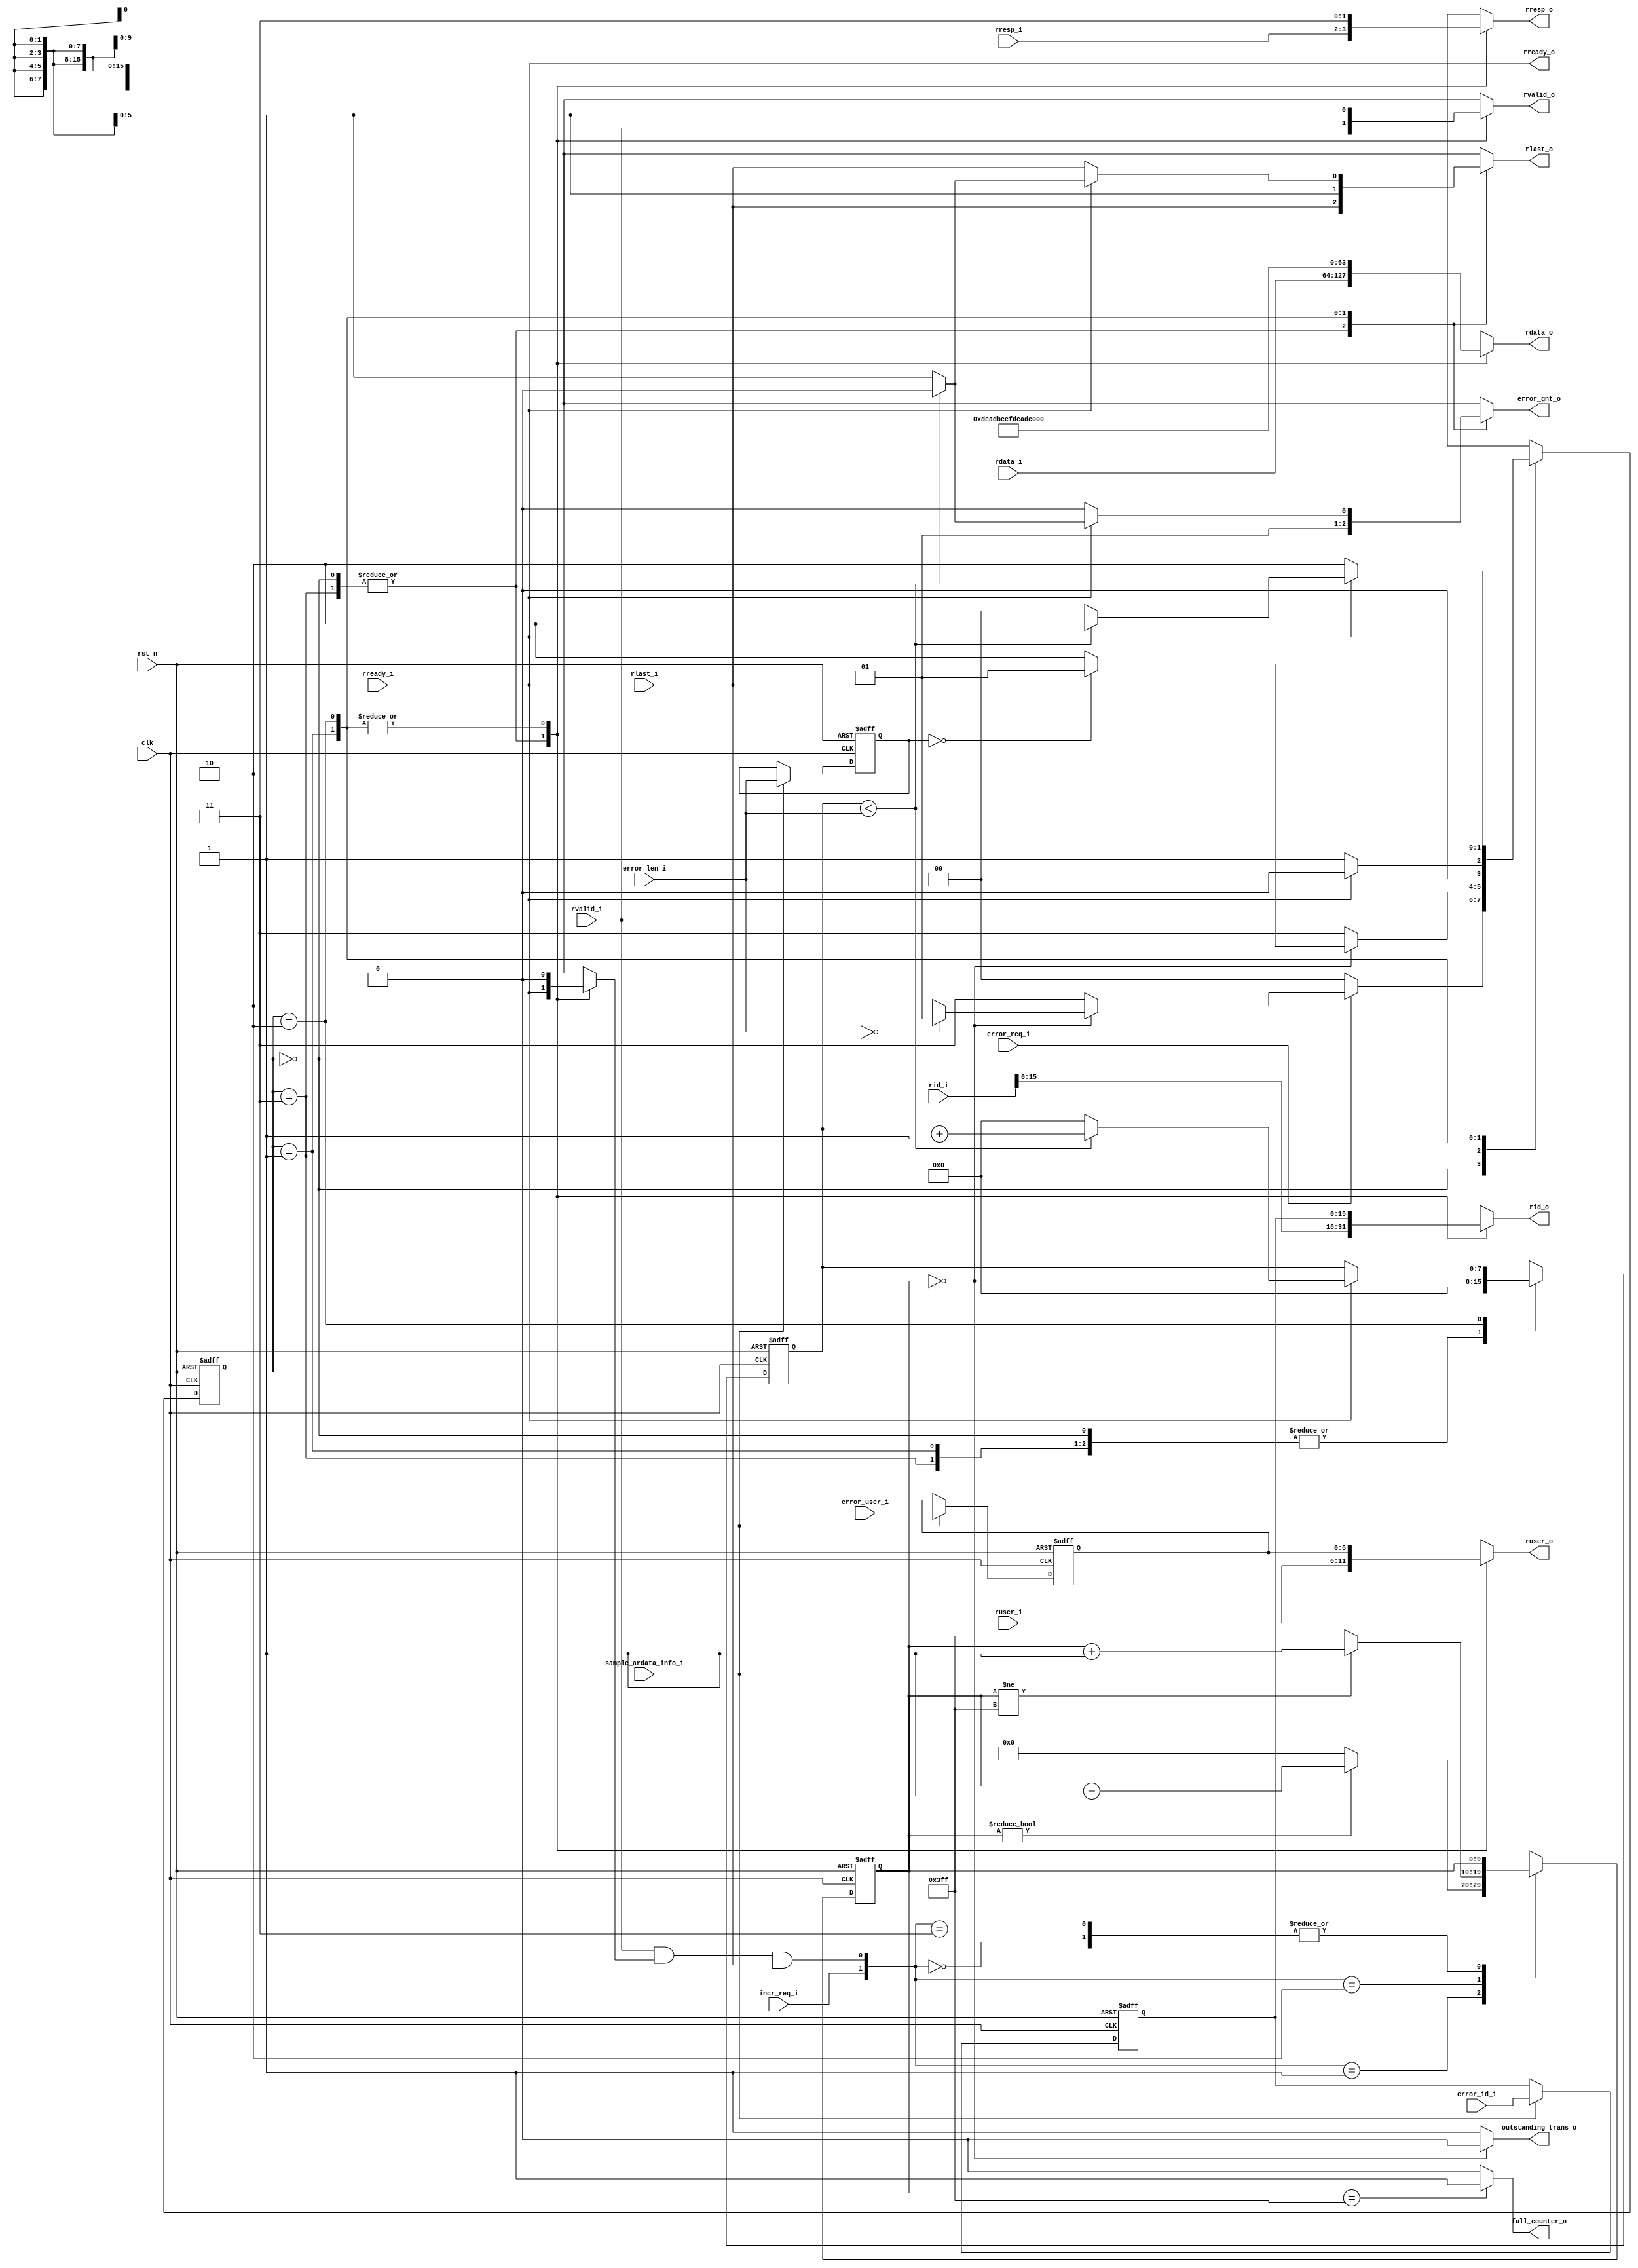
module axi_BR_allocator 
#(
    parameter                   AXI_USER_W     = 6,
    parameter                   N_INIT_PORT    = 1,
    parameter                   N_TARG_PORT    = 7,
    parameter                   AXI_DATA_W     = 64,
    parameter                   AXI_ID_IN      = 16,
    parameter                   LOG_N_TARG     = $clog2(N_TARG_PORT),
    parameter                   LOG_N_INIT     = $clog2(N_INIT_PORT),
    parameter                   AXI_ID_OUT     = AXI_ID_IN + $clog2(N_TARG_PORT)
)
(
	clk,
	rst_n,
	rid_i,
	rdata_i,
	rresp_i,
	rlast_i,
	ruser_i,
	rvalid_i,
	rready_o,
	rid_o,
	rdata_o,
	rresp_o,
	rlast_o,
	ruser_o,
	rvalid_o,
	rready_i,
	incr_req_i,
	full_counter_o,
	outstanding_trans_o,
	error_req_i,
	error_gnt_o,
	error_len_i,
	error_user_i,
	error_id_i,
	sample_ardata_info_i
);
	//parameter AXI_USER_W = 6;
	//parameter N_INIT_PORT = 1;
	//parameter N_TARG_PORT = 7;
	//parameter AXI_DATA_W = 64;
	//parameter AXI_ID_IN = 16;
	//parameter LOG_N_TARG = $clog2(N_TARG_PORT);
	//parameter LOG_N_INIT = $clog2(N_INIT_PORT);
	//parameter AXI_ID_OUT = AXI_ID_IN + $clog2(N_TARG_PORT);
	input wire clk;
	input wire rst_n;
	input wire [(N_INIT_PORT * AXI_ID_OUT) - 1:0] rid_i;
	input wire [(N_INIT_PORT * AXI_DATA_W) - 1:0] rdata_i;
	input wire [(N_INIT_PORT * 2) - 1:0] rresp_i;
	input wire [N_INIT_PORT - 1:0] rlast_i;
	input wire [(N_INIT_PORT * AXI_USER_W) - 1:0] ruser_i;
	input wire [N_INIT_PORT - 1:0] rvalid_i;
	output wire [N_INIT_PORT - 1:0] rready_o;
	output reg [AXI_ID_IN - 1:0] rid_o;
	output reg [AXI_DATA_W - 1:0] rdata_o;
	output reg [1:0] rresp_o;
	output reg rlast_o;
	output reg [AXI_USER_W - 1:0] ruser_o;
	output reg rvalid_o;
	input wire rready_i;
	input wire incr_req_i;
	output wire full_counter_o;
	output wire outstanding_trans_o;
	input wire error_req_i;
	output reg error_gnt_o;
	input wire [7:0] error_len_i;
	input wire [AXI_USER_W - 1:0] error_user_i;
	input wire [AXI_ID_IN - 1:0] error_id_i;
	input wire sample_ardata_info_i;
	localparam AUX_WIDTH = (AXI_DATA_W + 3) + AXI_USER_W;
	wire [(N_INIT_PORT * AUX_WIDTH) - 1:0] AUX_VECTOR_IN;
	wire [AUX_WIDTH - 1:0] AUX_VECTOR_OUT;
	wire [(N_INIT_PORT * AXI_ID_IN) - 1:0] rid_int;
	genvar i;
	reg [9:0] outstanding_counter;
	wire decr_req;
	reg [1:0] CS;
	reg [1:0] NS;
	reg [7:0] CounterBurstCS;
	reg [7:0] CounterBurstNS;
	reg [7:0] error_len_S;
	reg [AXI_USER_W - 1:0] error_user_S;
	reg [AXI_ID_IN - 1:0] error_id_S;
	wire [AXI_ID_IN - 1:0] rid_ARB_TREE;
	wire [AXI_DATA_W - 1:0] rdata_ARB_TREE;
	wire [1:0] rresp_ARB_TREE;
	wire rlast_ARB_TREE;
	wire [AXI_USER_W - 1:0] ruser_ARB_TREE;
	wire rvalid_ARB_TREE;
	reg rready_ARB_TREE;
	assign outstanding_trans_o = (outstanding_counter == {10 {1'sb0}} ? 1'b0 : 1'b1);
	assign decr_req = (rvalid_ARB_TREE & rready_ARB_TREE) & rlast_ARB_TREE;
	assign full_counter_o = (outstanding_counter == {10 {1'sb1}} ? 1'b1 : 1'b0);
	always @(posedge clk or negedge rst_n)
		if (rst_n == 1'b0)
			outstanding_counter <= 1'sb0;
		else
			case ({incr_req_i, decr_req})
				2'b00: outstanding_counter <= outstanding_counter;
				2'b01:
					if (outstanding_counter != {10 {1'sb0}})
						outstanding_counter <= outstanding_counter - 1'b1;
					else
						outstanding_counter <= 1'sb0;
				2'b10:
					if (outstanding_counter != {10 {1'sb1}})
						outstanding_counter <= outstanding_counter + 1'b1;
					else
						outstanding_counter <= 1'sb1;
				2'b11: outstanding_counter <= outstanding_counter;
			endcase
	always @(posedge clk or negedge rst_n)
		if (rst_n == 1'b0) begin
			CS <= 2'd0;
			CounterBurstCS <= 1'sb0;
			error_user_S <= 1'sb0;
			error_id_S <= 1'sb0;
			error_len_S <= 1'sb0;
		end
		else begin
			CS <= NS;
			CounterBurstCS <= CounterBurstNS;
			if (sample_ardata_info_i) begin
				error_user_S <= error_user_i;
				error_id_S <= error_id_i;
				error_len_S <= error_len_i;
			end
		end
	always @(*) begin
		rid_o = rid_ARB_TREE;
		rdata_o = rdata_ARB_TREE;
		rresp_o = rresp_ARB_TREE;
		rlast_o = rlast_ARB_TREE;
		ruser_o = ruser_ARB_TREE;
		rvalid_o = rvalid_ARB_TREE;
		rready_ARB_TREE = rready_i;
		CounterBurstNS = CounterBurstCS;
		error_gnt_o = 1'b0;
		case (CS)
			2'd0: begin
				CounterBurstNS = 1'sb0;
				rready_ARB_TREE = rready_i;
				error_gnt_o = 1'b0;
				if (error_req_i == 1'b1) begin
					if (outstanding_trans_o == 1'b0) begin
						if (error_len_i == {8 {1'sb0}})
							NS = 2'd1;
						else
							NS = 2'd2;
					end
					else
						NS = 2'd3;
				end
				else
					NS = 2'd0;
			end
			2'd3: begin
				CounterBurstNS = 1'sb0;
				rready_ARB_TREE = rready_i;
				error_gnt_o = 1'b0;
				if (outstanding_trans_o == 1'b0) begin
					if (error_len_S == {8 {1'sb0}})
						NS = 2'd1;
					else
						NS = 2'd2;
				end
				else
					NS = 2'd3;
			end
			2'd1: begin
				rready_ARB_TREE = 1'b0;
				CounterBurstNS = 1'sb0;
				error_gnt_o = 1'b1;
				rresp_o = 2'b11;
				rdata_o = {AXI_DATA_W / 32 {32'hdeadbeef}};
				rvalid_o = 1'b1;
				ruser_o = error_user_S;
				rlast_o = 1'b1;
				rid_o = error_id_S;
				if (rready_i)
					NS = 2'd0;
				else
					NS = 2'd1;
			end
			2'd2: begin
				rready_ARB_TREE = 1'b0;
				rresp_o = 2'b11;
				rdata_o = {AXI_DATA_W / 32 {32'hdeadbeef}};
				rvalid_o = 1'b1;
				ruser_o = error_user_S;
				rid_o = error_id_S;
				if (rready_i) begin
					if (CounterBurstCS < error_len_i) begin
						CounterBurstNS = CounterBurstCS + 1'b1;
						error_gnt_o = 1'b0;
						rlast_o = 1'b0;
						NS = 2'd2;
					end
					else begin
						error_gnt_o = 1'b1;
						CounterBurstNS = 1'sb0;
						NS = 2'd0;
						rlast_o = 1'b1;
					end
				end
				else begin
					NS = 2'd2;
					error_gnt_o = 1'b0;
				end
			end
			default: begin
				CounterBurstNS = 1'sb0;
				NS = 2'd0;
				error_gnt_o = 1'b0;
			end
		endcase
	end
	assign {ruser_ARB_TREE, rlast_ARB_TREE, rresp_ARB_TREE, rdata_ARB_TREE} = AUX_VECTOR_OUT;
	generate
		for (i = 0; i < N_INIT_PORT; i = i + 1) begin : AUX_VECTOR_BINDING
			assign AUX_VECTOR_IN[i * AUX_WIDTH+:AUX_WIDTH] = {ruser_i[i * AXI_USER_W+:AXI_USER_W], rlast_i[i], rresp_i[i * 2+:2], rdata_i[i * AXI_DATA_W+:AXI_DATA_W]};
		end
		for (i = 0; i < N_INIT_PORT; i = i + 1) begin : RID_VECTOR_BINDING
			assign rid_int[i * AXI_ID_IN+:AXI_ID_IN] = rid_i[(i * AXI_ID_OUT) + (AXI_ID_IN - 1)-:AXI_ID_IN];
		end
		if (N_INIT_PORT == 1) begin : DIRECT_BINDING
			assign rvalid_ARB_TREE = rvalid_i;
			assign AUX_VECTOR_OUT = AUX_VECTOR_IN;
			assign rid_ARB_TREE = rid_int;
			assign rready_o = rready_i;
		end
		else begin : ARB_TREE
			axi_ArbitrationTree #(
				.AUX_WIDTH(AUX_WIDTH),
				.ID_WIDTH(AXI_ID_IN),
				.N_MASTER(N_INIT_PORT)
			) BR_ARB_TREE(
				.clk(clk),
				.rst_n(rst_n),
				.data_req_i(rvalid_i),
				.data_AUX_i(AUX_VECTOR_IN),
				.data_ID_i(rid_int),
				.data_gnt_o(rready_o),
				.data_req_o(rvalid_ARB_TREE),
				.data_AUX_o(AUX_VECTOR_OUT),
				.data_ID_o(rid_ARB_TREE),
				.data_gnt_i(rready_ARB_TREE),
				.lock(1'b0),
				.SEL_EXCLUSIVE({$clog2(N_INIT_PORT) {1'b0}})
			);
		end
	endgenerate
endmodule